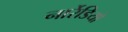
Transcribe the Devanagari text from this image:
नार्रेडियो